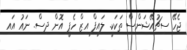
ޖެހޭ ސިޗުއޭޝަންސް ތަކަކީ. ލައިފް އިޒް ހެޕީ އޮން ދިސް. ނައު އައި